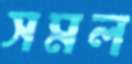
সমল